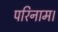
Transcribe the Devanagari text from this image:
परिनाम।